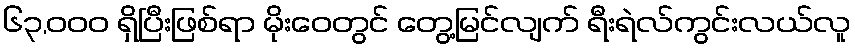
၆၃,၀၀၀ ရှိပြီးဖြစ်ရာ မိုးဝေတွင် တွေ့မြင်လျက် ရီးရဲလ်ကွင်းလယ်လူ